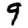
Digit: 9